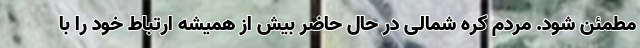
مطمئن شود. مردم کره شمالی در حال حاضر بیش از همیشه ارتباط خود را با